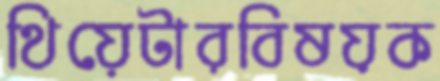
থিয়েটারবিষয়ক